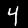
Digit: 4